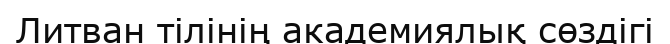
Литван тілінің академиялық сөздігі